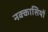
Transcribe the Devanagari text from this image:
नक्‍कासियों